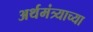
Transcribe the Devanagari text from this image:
अर्थमंत्र्याच्या